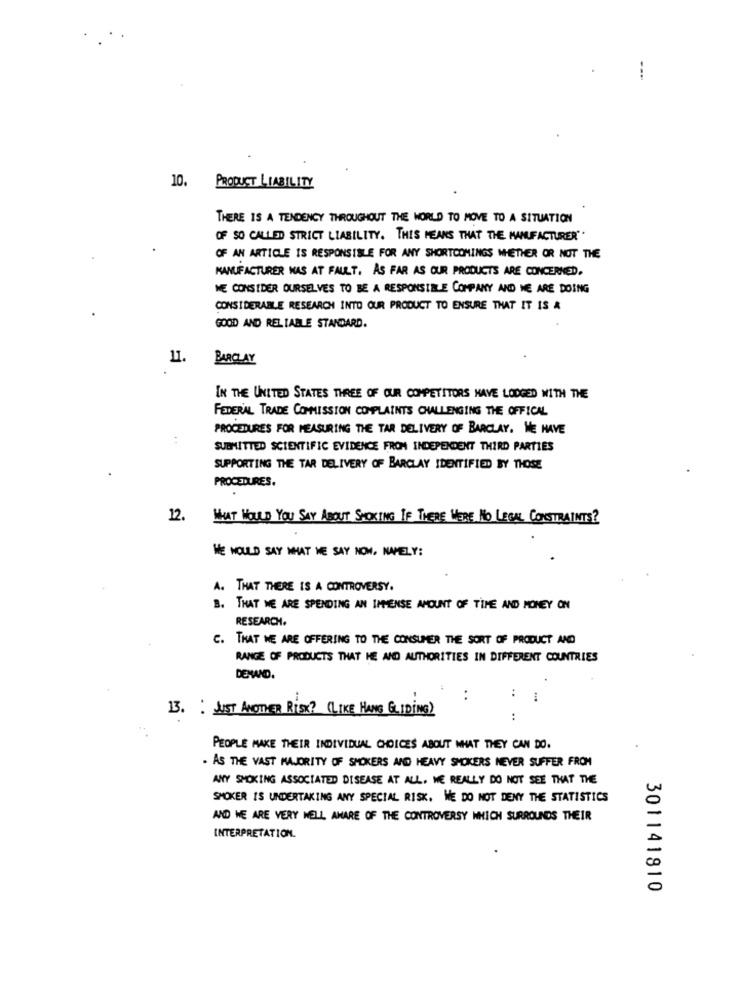
10. PRODUCT LIABILITY
THERE IS A TENDENCY THROUGHOUT THE WORLD TO MOVE TO A SITUATION
OF SO CALLED STRICT LIABILITY. THIS MEANS THAT THE MANUFACTURER"
OF AN ARTICLE IS RESPONSIBLE FOR ANY SHORTCOMINGS WHETHER OR NOT THE
MANUFACTURER NAS AT FAULT. AS FAR AS OUR PRODUCTS ARE CONCERNED.
ME CONSIDER OURSELVES TO BE A RESPONSIBLE COMPANY AND WE ARE DOING
CONSIDERABLE RESEARCH INTO OUR PRODUCT TO ENSURE THAT IT IS &
GOOD AND RELIABLE STANDARD.
11.
BARCLAY
IN THE UNITED STATES THREE OF OUR COMPETITORS HAVE LODGED WITH THE
FEDERAL TRADE COMMISSION COMPLAINTS CHALLENGING THE OFFICAL
PROCEDURES FOR MEASURING THE TAR DELIVERY OF BARCLAY. WE HAVE
:
SUBMITTED SCIENTIFIC EVIDENCE FROM INDEPENDENT THIRD PARTIES
SUPPORTING THE TAR DELIVERY OF BARCLAY IDENTIFIED BY THOSE
PROCEDURES.
12.
WHAT WOULD YOU SAY ABOUT SMOKING IF THERE WERE NO LEGAL CONSTRAINTS?
WE WOULD SAY WHAT HE SAY NOW. NAMELY:
A. THAT THERE IS A CONTROVERSY.
B. THAT WE ARE SPENDING AN IMMENSE AMOUNT OF TIME AND MONEY ON
RESEARCH.
C. THAT WE ARE OFFERING TO THE CONSUMER THE SORT OF PRODUCT AND
RANGE OF PRODUCTS THAT HE AND AUTHORITIES IN DIFFERENT COUNTRIES
DENWNID
:
:
1
13. : JUST ANOTHER RISK? (LIKE HANG GLIDING)
PEOPLE MAKE THEIR INDIVIDUAL CHOICES ABOUT WHAT THEY CAN DO.
. AS THE VAST MAJORITY OF SMOKERS AND HEAVY SMOKERS NEVER SUFFER FROM
ANY SMOKING ASSOCIATED DISEASE AT ALL. WE REALLY DO NOT SEE THAT THE
SMOKER IS UNDERTAKING ANY SPECIAL RISK. WE DO NOT DENY THE STATISTICS
AND WE ARE VERY WELL AWARE OF THE CONTROVERSY WHICH SURROUNDS THEIR
INTERPRETATION.
301141810